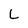
Character: L